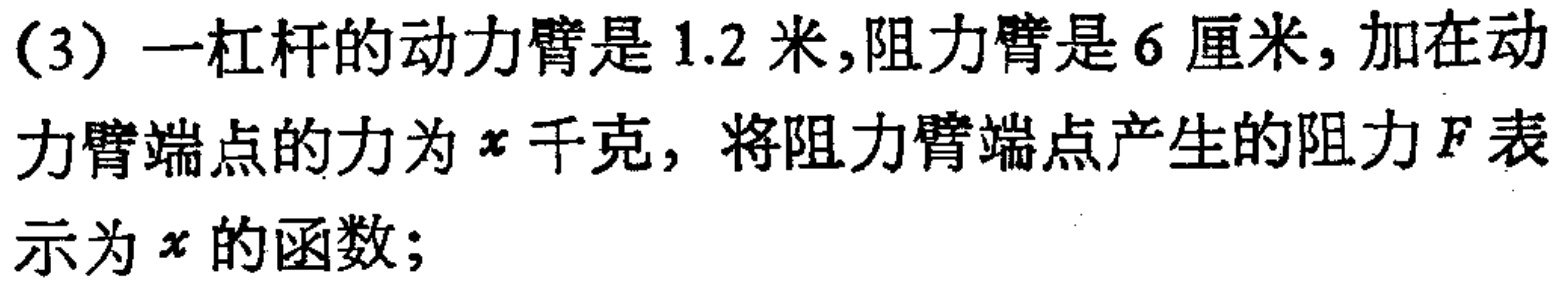
(3) 一杠杆的动力臂是$1.2$米,阻力臂是$6$厘米, 加在动力臂端点的力为$x$千克, 将阻力臂端点产生的阻力$F$表示为$x$的函数;